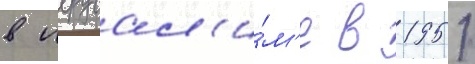
в иерусал'и́м'е в 1951